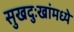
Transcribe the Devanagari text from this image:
सुखदुःखांमध्ये